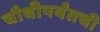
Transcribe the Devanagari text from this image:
चौथीपर्यंतची